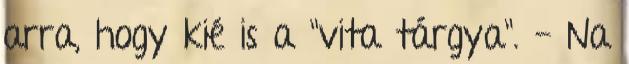
arra, hogy kié is a "vita tárgya". - Na